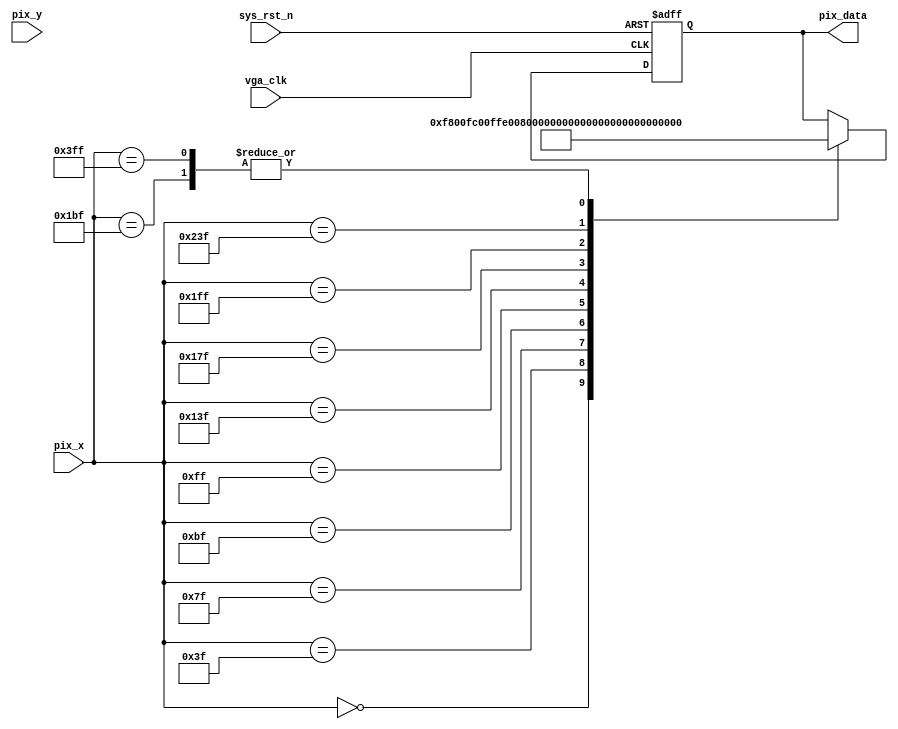
module  vga_pic
(
    input       wire            vga_clk     ,
    input       wire            sys_rst_n   ,
    input       wire   [9:0]    pix_x       ,
    input       wire   [9:0]    pix_y       ,
    
    output      reg    [15:0]   pix_data
);

parameter   H_VALID =   10'd640 ,
            V_VALID =   10'd480 ;

parameter   RED     =   16'hF800,
            ORANGE  =   16'hFC00,
            YELLOW  =   16'hFFE0,
            GREEN   =   16'h07E0,
            CYAN    =   16'h07FF,
            BLUE    =   16'h001F,
            PURPPLE =   16'hF81F,
            BLACK   =   16'h0000,
            WHITE   =   16'hFFFF,
            GRAY    =   16'hD69A;

always@(posedge vga_clk or negedge sys_rst_n)
    if(sys_rst_n == 1'b0)
        pix_data <= BLACK;
    else
        case (pix_x)
        10'd0   :   pix_data <= RED;
        10'd63  :   pix_data <= ORANGE  ;
        10'd127 :   pix_data <= YELLOW  ;
        10'd191 :   pix_data <= GREEN   ;
        10'd255 :   pix_data <= CYAN    ;
        10'd319 :   pix_data <= BLUE    ;
        10'd383 :   pix_data <= PURPPLE ;
        10'd447 :   pix_data <= BLACK   ;
        10'd511 :   pix_data <= WHITE   ;
        10'd575 :   pix_data <= GRAY    ;
        10'h3ff :   pix_data <= BLACK   ;
        default :   pix_data <= pix_data   ;
        endcase
    
    
    

endmodule